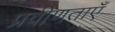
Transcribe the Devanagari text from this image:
प्रवीणताएँ